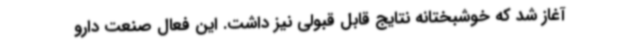
آغاز شد که خوشبختانه نتایج قابل قبولی نیز داشت. این فعال صنعت دارو